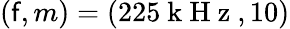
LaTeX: (\mathsf{f},m)=(225\mathrm{{~k~H~z~}},10)